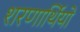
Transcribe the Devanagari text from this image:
शरणार्थियो